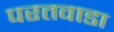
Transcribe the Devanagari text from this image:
परतवाडा